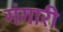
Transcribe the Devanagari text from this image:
गंगारी